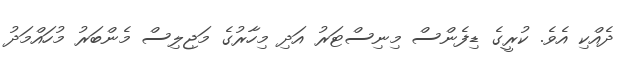
ދެއްކި އެވެ. ކުރީގެ ޑިފެންސް މިނިސްޓަރު އަދި މިހާރުގެ މަޖިލިސް މެންބަރު މުހައްމަދު